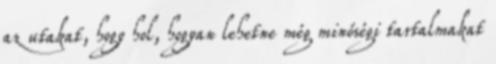
az utakat, hogy hol, hogyan lehetne még minőségi tartalmakat